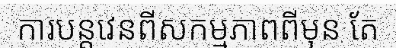
ការបន្តវេនពីសកម្មភាពពីមុន តែ